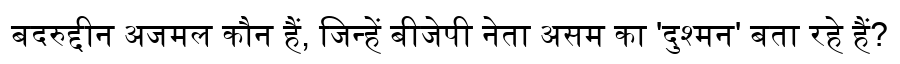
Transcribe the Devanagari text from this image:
बदरुद्दीन अजमल कौन हैं, जिन्हें बीजेपी नेता असम का 'दुश्मन' बता रहे हैं?